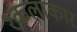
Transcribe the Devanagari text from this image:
१कलाकार